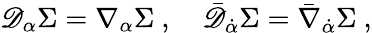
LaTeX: \mathscr{D}_{\alpha}\Sigma=\nabla_{\alpha}\Sigma\ ,\quad\bar{{\mathscr{D}}}_{\dot{{\alpha}}}\Sigma=\bar{{\nabla}}_{\dot{{\alpha}}}\Sigma\ ,